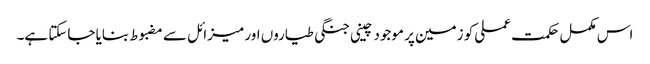
اس مکمل حکمت عملی کو زمین پر موجود چینی جنگی طیاروں اور میزائل سے مضبوط بنایا جاسکتا ہے۔